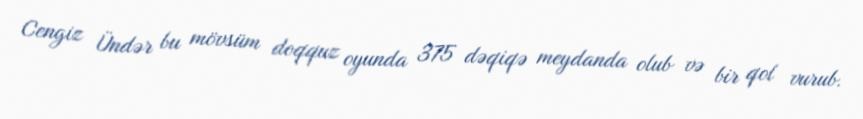
Cengiz Ündər bu mövsüm doqquz oyunda 375 dəqiqə meydanda olub və bir qol vurub.